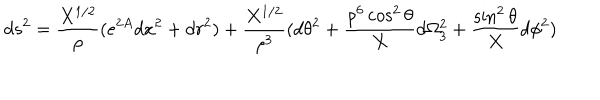
d s ^ { 2 } = { \frac { X ^ { 1 / 2 } } { \rho } } ( e ^ { 2 A } d x ^ { 2 } + d r ^ { 2 } ) + { \frac { X ^ { 1 / 2 } } { \rho ^ { 3 } } } ( d \theta ^ { 2 } + { \frac { \rho ^ { 6 } \cos ^ { 2 } \theta } { X } } d \Omega _ { 3 } ^ { 2 } + { \frac { \sin ^ { 2 } \theta } { X } } d \phi ^ { 2 } )